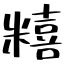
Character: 糦